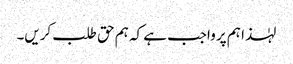
لہٰذا ہم پر واجب ہے کہ ہم حق طلب کریں۔